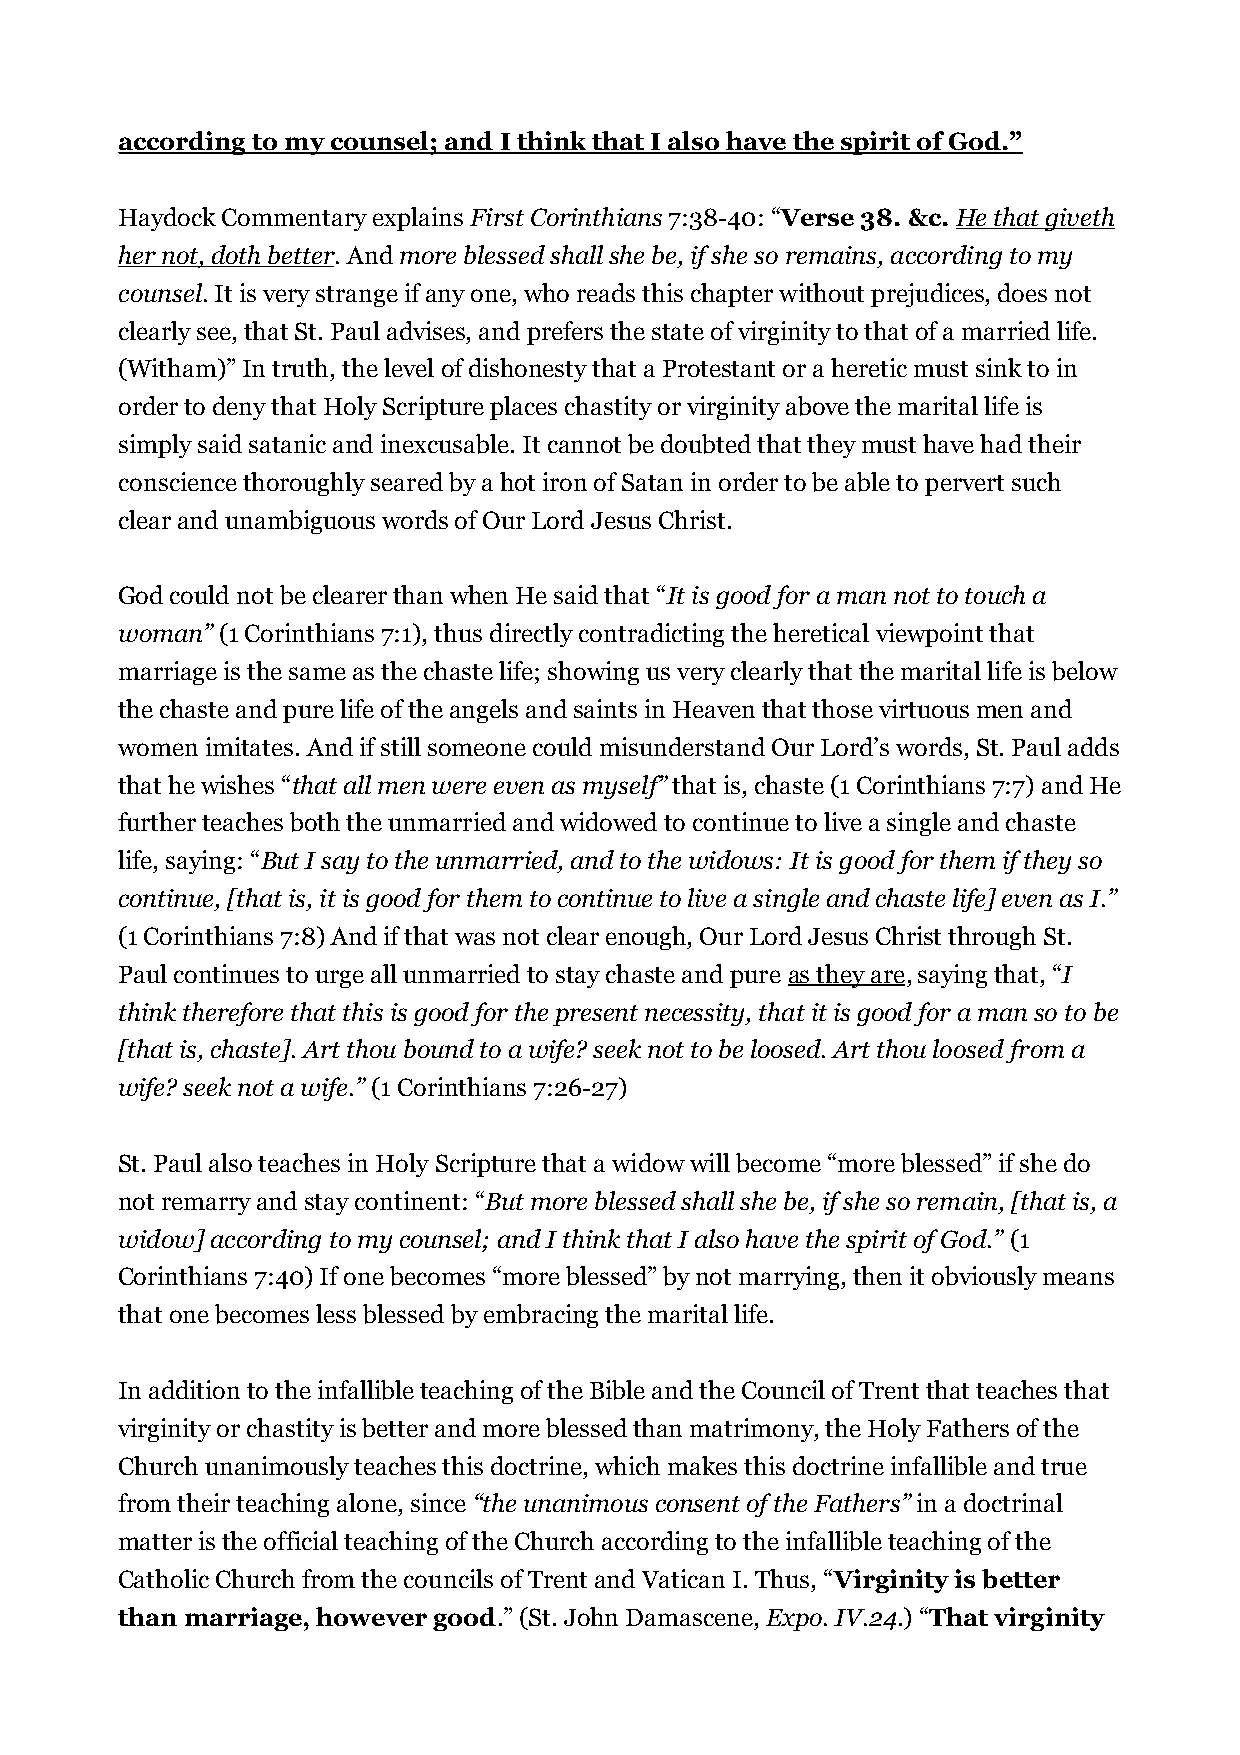
according to my counsel; and I think that I also have the spirit of God.”
 Haydock Commentary explains First Corinthians 7:38-40: “Verse 38. &c. He that giveth
 her not, doth better. And more blessed shall she be, if she so remains, according to my
 counsel. It is very strange if any one, who reads this chapter without prejudices, does not
 clearly see, that St. Paul advises, and prefers the state of virginity to that of a married life.
 (Witham)” In truth, the level of dishonesty that a Protestant or a heretic must sink to in
 order to deny that Holy Scripture places chastity or virginity above the marital life is
 simply said satanic and inexcusable. It cannot be doubted that they must have had their
 conscience thoroughly seared by a hot iron of Satan in order to be able to pervert such
 clear and unambiguous words of Our Lord Jesus Christ.
 God could not be clearer than when He said that “It is good for a man not to touch a
 woman” (1 Corinthians 7:1), thus directly contradicting the heretical viewpoint that
 marriage is the same as the chaste life; showing us very clearly that the marital life is below
 the chaste and pure life of the angels and saints in Heaven that those virtuous men and
 women imitates. And if still someone could misunderstand Our Lord’s words, St. Paul adds
 that he wishes “that all men were even as myself” that is, chaste (1 Corinthians 7:7) and He
 further teaches both the unmarried and widowed to continue to live a single and chaste
 life, saying: “But I say to the unmarried, and to the widows: It is good for them if they so
 continue, [that is, it is good for them to continue to live a single and chaste life] even as I.”
 (1 Corinthians 7:8) And if that was not clear enough, Our Lord Jesus Christ through St.
 Paul continues to urge all unmarried to stay chaste and pure as they are, saying that, “I
 think therefore that this is good for the present necessity, that it is good for a man so to be
 [that is, chaste]. Art thou bound to a wife? seek not to be loosed. Art thou loosed from a
 wife? seek not a wife.” (1 Corinthians 7:26-27)
 St. Paul also teaches in Holy Scripture that a widow will become “more blessed” if she do
 not remarry and stay continent: “But more blessed shall she be, if she so remain, [that is, a
 widow] according to my counsel; and I think that I also have the spirit of God.” (1
 Corinthians 7:40) If one becomes “more blessed” by not marrying, then it obviously means
 that one becomes less blessed by embracing the marital life.
 In addition to the infallible teaching of the Bible and the Council of Trent that teaches that
 virginity or chastity is better and more blessed than matrimony, the Holy Fathers of the
 Church unanimously teaches this doctrine, which makes this doctrine infallible and true
 from their teaching alone, since “the unanimous consent of the Fathers” in a doctrinal
 matter is the official teaching of the Church according to the infallible teaching of the
 Catholic Church from the councils of Trent and Vatican I. Thus, “Virginity is better
 than marriage, however good.” (St. John Damascene, Expo. IV.24.) “That virginity